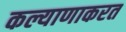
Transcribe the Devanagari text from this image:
कल्याणाकरत